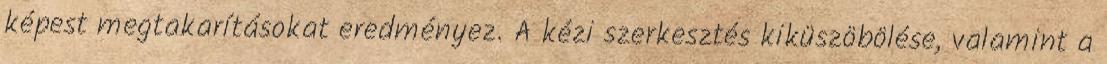
képest megtakarításokat eredményez. A kézi szerkesztés kiküszöbölése, valamint a